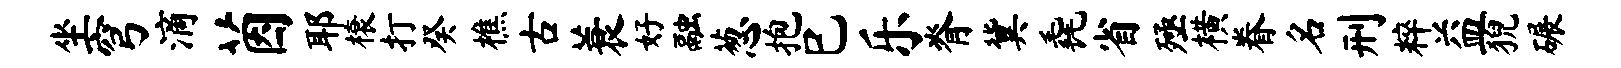
坐穹滴茵耶榱打癸樵古蓑好融葱抱巳乐脊冀毳省殛横眷名刑粹益猊碾